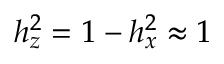
h _ { z } ^ { 2 } = 1 - h _ { x } ^ { 2 } \approx 1